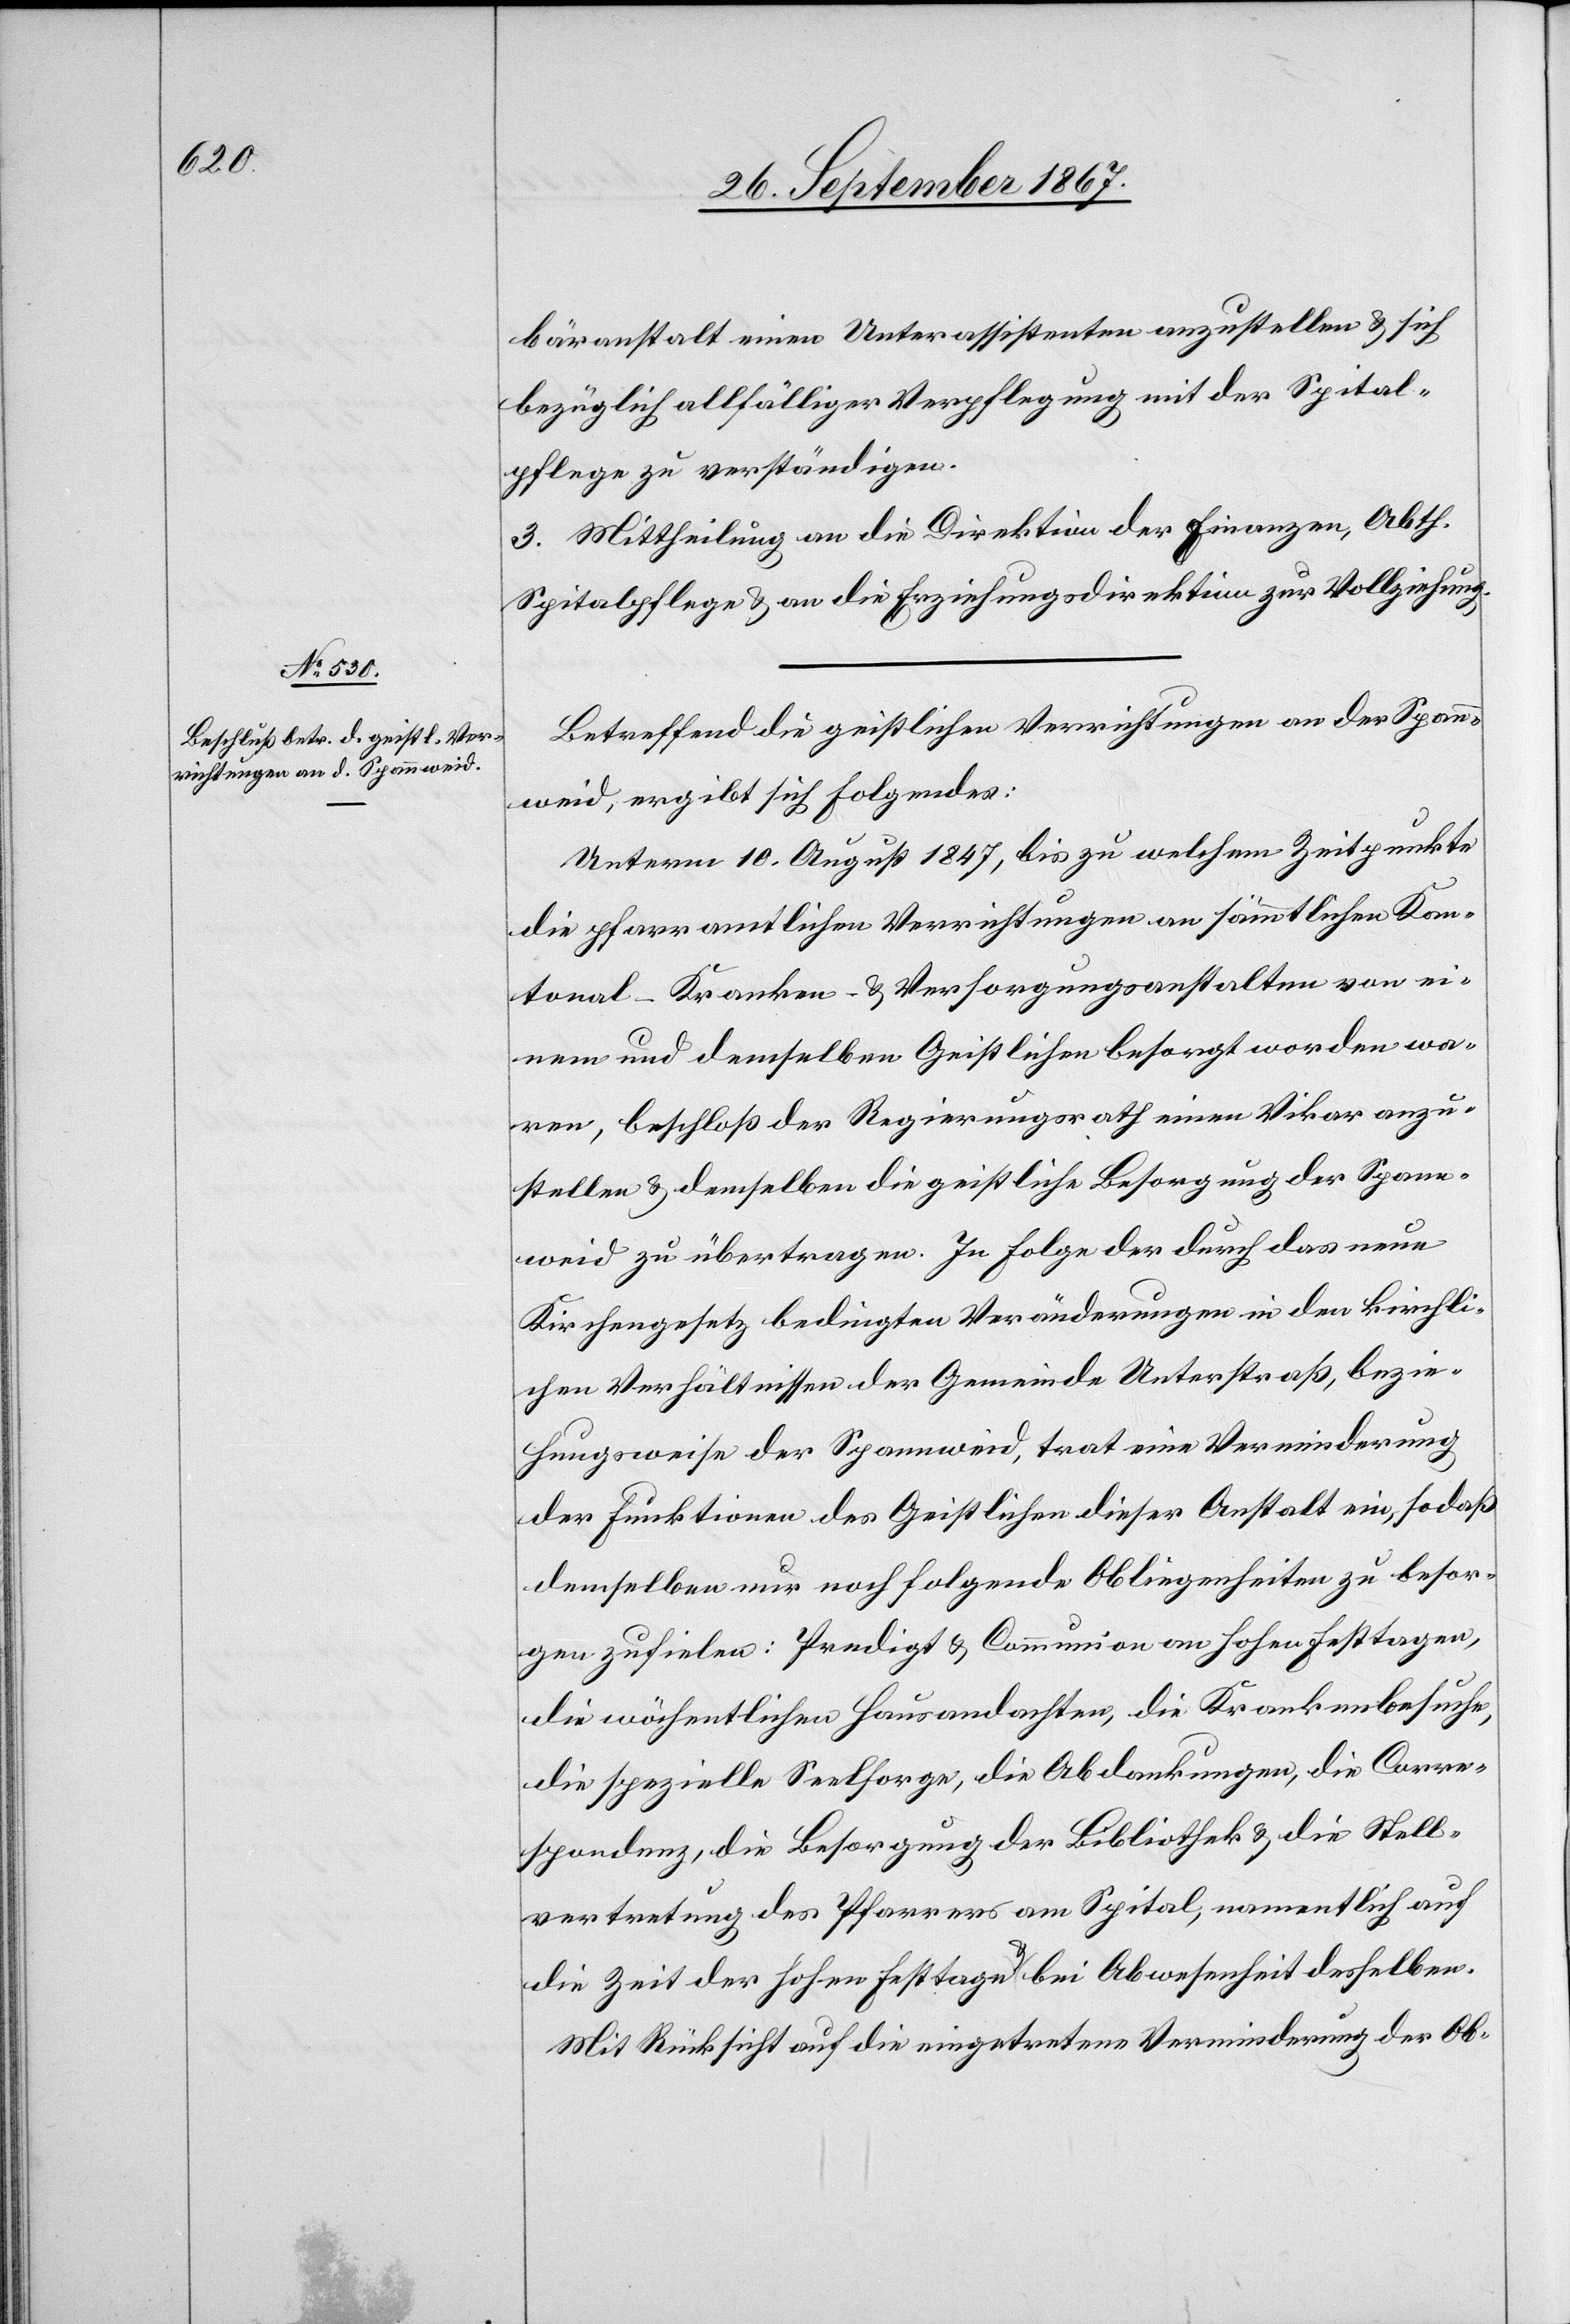
bäranstalt einen Unterassistenten anzustellen u. sich
bezüglich allfälliger Verpflegung mit der Spital¬
pflege zu verständigen.
3. Mittheilung an die Direktion der Finanzen, Abth.
Spitalpflege u. an die Erziehungsdirektion zur Vollziehung.
Betreffend die geistlichen Verrichtungen an der Span¬
nweid, ergibt sich Folgendes:
Unterm 10. August 1847, bis zu welchem Zeitpunkte
die pfarramtlichen Verrichtungen an sämmtlichen Kan¬
tonal-Kranken- u. Versorgungsanstalten von ei¬
nem und demselben Geistlichen besorgt worden wa¬
ren, beschloß der Regierungsrath einen Vikar anzu¬
stellen u. demselben die geistliche Besorgung der Spann¬
weid zu übertragen. In Folge der durch das neue
Kirchengesetz bedingten Veränderungen in den kirchli¬
chen Verhältnissen der Gemeinde Unterstraß, bezie¬
hungsweise der Spannweid, trat eine Verminderung
der Funktionen des Geistlichen dieser Anstalt ein, so daß
demselben nur noch folgende Obliegenheiten zu besor¬
gen zufielen: Predigt u. Communion an hohen Festtagen,
die wöchentlichen Hausandachten, die Krankenbesuche,
die spezielle Seelsorge, die Abdankungen, die Corre¬
spondenz, die Besorgung der Bibliothek u. die Stell¬
vertretung des Pfarrers am Spital, namentlich auf
die Zeit der hohen Festtage u. bei Abwesenheit desselben.
Mit Rücksicht auf die eingetretene Verminderung der Ob-